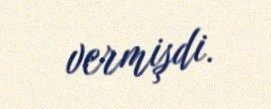
vermişdi.